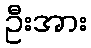
ဦးအား